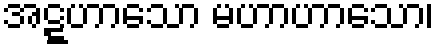
အဋ္ဋဟာသော မဟာဟာသော၊